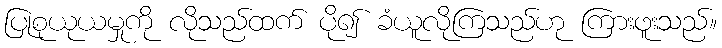
ပြုစုယုယမှုကို လိုသည်ထက် ပို၍ ခံယူလိုကြသည်ဟု ကြားဖူးသည်။